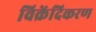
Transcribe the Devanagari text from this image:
विक्रेंदिकरण